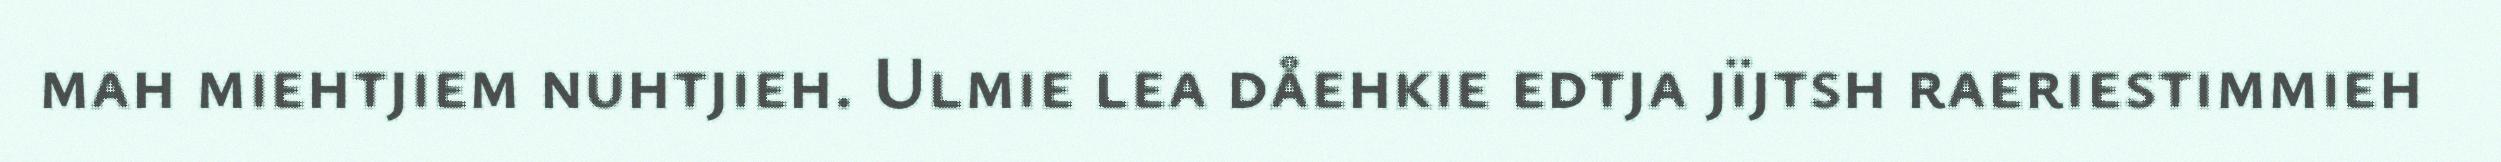
mah miehtjiem nuhtjieh. Ulmie lea dåehkie edtja jïjtsh raeriestimmieh